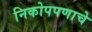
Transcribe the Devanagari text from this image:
निकोपपणाचे